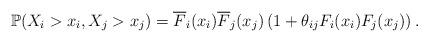
LaTeX: \begin{align*}\mathbb{P}(X_{i}>x_{i},X_{j}>x_{j})=\overline{F}_{i}(x_{i})\overline{F}_{j}(x_{j})\left( 1+\theta _{ij}F_{i}(x_{i})F_{j}(x_{j})\right) . \end{align*}